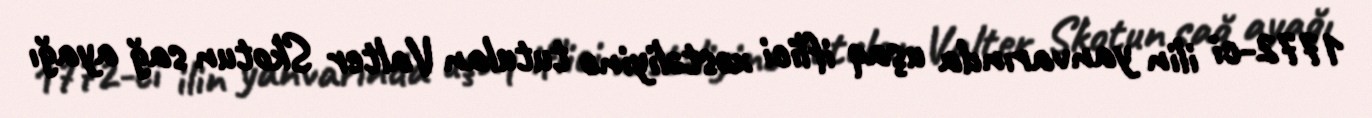
1772-ci ilin yanvarında uşaq iflici xəstəliyinə tutulan Valter Skotun sağ ayağı